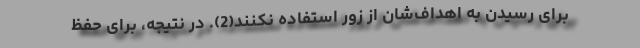
برای رسیدن به اهداف‌شان از زور استفاده نکنند(2). در نتیجه، برای حفظِ